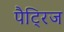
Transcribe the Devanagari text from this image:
पैट्रिज